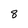
Character: 8